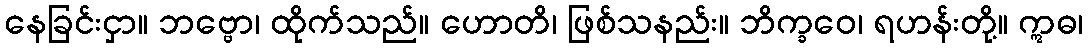
နေခြင်းငှာ။ ဘဗ္ဗော၊ ထိုက်သည်။ ဟောတိ၊ ဖြစ်သနည်း။ ဘိက္ခဝေ၊ ရဟန်းတို့။ ဣဓ၊